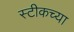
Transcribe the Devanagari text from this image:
स्टीकच्या